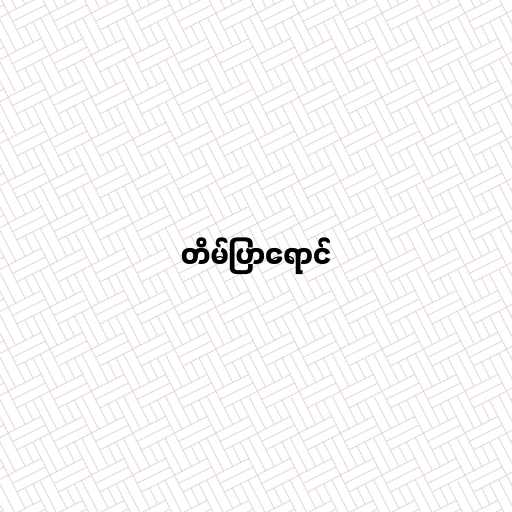
တိမ်ပြာရောင်